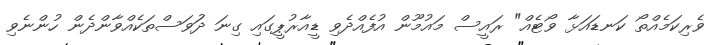
ވެރިކަމެއްތޯ ކަނޑައަޅާ ވޯޓެއް" ރައީސް މައުމޫން އުފެއްދެވި ޑީއާރުޕީގައި ގިނަ ދުަވަސްތަކެއްވާންދެން ހުންނެވި